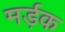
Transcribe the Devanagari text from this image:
मर्ड़क